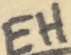
Text: EH